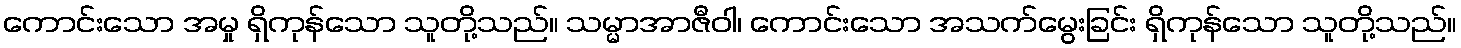
ကောင်းသော အမှု ရှိကုန်သော သူတို့သည်။ သမ္မာအာဇီဝါ၊ ကောင်းသော အသက်မွေးခြင်း ရှိကုန်သော သူတို့သည်။